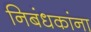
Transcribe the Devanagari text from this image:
निबंधकांना